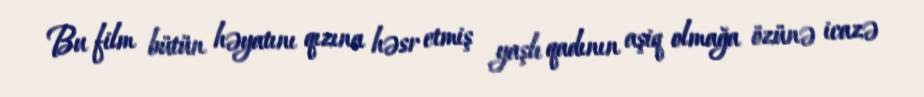
Bu film bütün həyatını qızına həsr etmiş yaşlı qadının aşiq olmağa özünə icazə